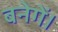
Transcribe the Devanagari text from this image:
बनेगें।